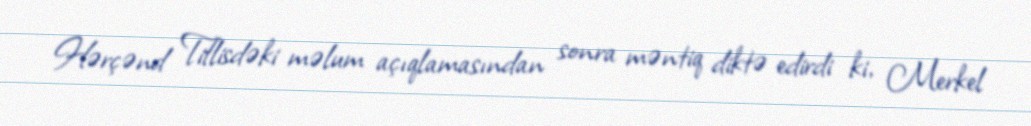
Hərçənd Tiflisdəki məlum açıqlamasından sonra məntiq diktə edirdi ki, Merkel